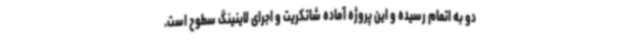
دو به اتمام رسیده و این پروژه آماده شاتکریت و اجرای لاینینگ سطوح است.